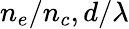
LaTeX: n_{e}/n_{c},d/\lambda